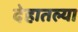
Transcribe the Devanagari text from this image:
देहातल्या